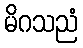
မိဂသညံ